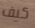
كيف